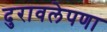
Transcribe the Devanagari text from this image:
दुरावलेपणा